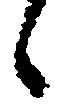
候